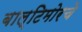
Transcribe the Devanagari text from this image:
बाल्टिमोरचे